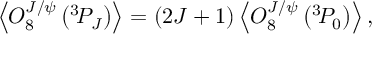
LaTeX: \left\langle { \cal O } _ { 8 } ^ { J / \psi } \left( { } ^ { 3 } \! P _ { J } \right) \right\rangle = ( 2 J + 1 ) \left\langle { \cal O } _ { 8 } ^ { J / \psi } \left( { } ^ { 3 } \! P _ { 0 } \right) \right\rangle ,